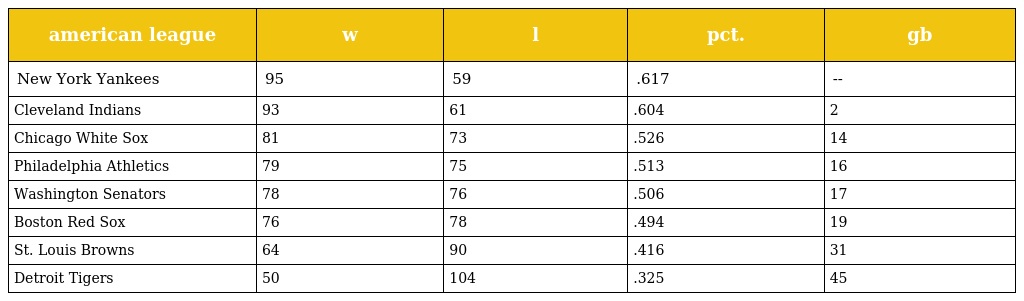
| american league | w | l | pct. | gb |
 | --- | --- | --- | --- | --- |
 | New York Yankees | 95 | 59 | .617 | -- |
 | Cleveland Indians | 93 | 61 | .604 | 2 |
 | Chicago White Sox | 81 | 73 | .526 | 14 |
 | Philadelphia Athletics | 79 | 75 | .513 | 16 |
 | Washington Senators | 78 | 76 | .506 | 17 |
 | Boston Red Sox | 76 | 78 | .494 | 19 |
 | St. Louis Browns | 64 | 90 | .416 | 31 |
 | Detroit Tigers | 50 | 104 | .325 | 45 |